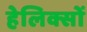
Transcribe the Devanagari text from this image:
हेलिक्सों